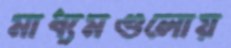
মাধ্যমগুলোয়